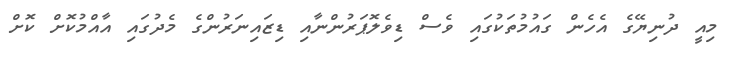
މިއީ ދުނިޔޭގެ އެހެން ގައުމުތަކުގައި ވެސް ޑިވެލޮޕަރުންނާއި ޑިޒައިނަރުންގެ މެދުގައި އާއްމުކޮށް ކޮށް